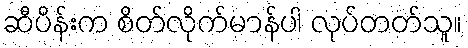
ဆီပိန်းက စိတ်လိုက်မာန်ပါ လုပ်တတ်သူ။